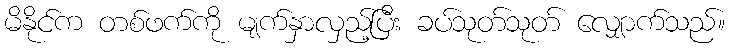
မိနိုင်က တစ်ဖက်ကို မျက်နှာလှည့်ပြီး ခပ်သုတ်သုတ် လျှောက်သည်။